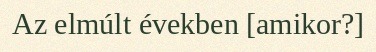
Az elmúlt években [amikor?]